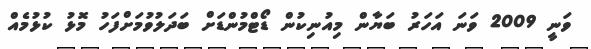
ވަނީ 2009 ވަނަ އަހަރު ބަޔާން މިއުނިކުން ޑޯޓްމުންޑަށް ބަދަލުވުމަށްފަހު މޮޅު ކުޅުމެއް